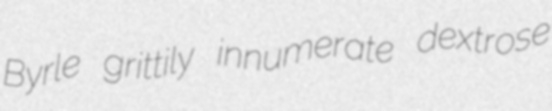
Byrle grittily innumerate dextrose